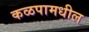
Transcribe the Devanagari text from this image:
कळपामधील